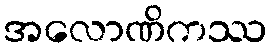
အလောဏိကဿ